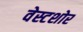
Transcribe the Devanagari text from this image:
वेस्टशोर